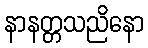
နာနတ္တသညိနော